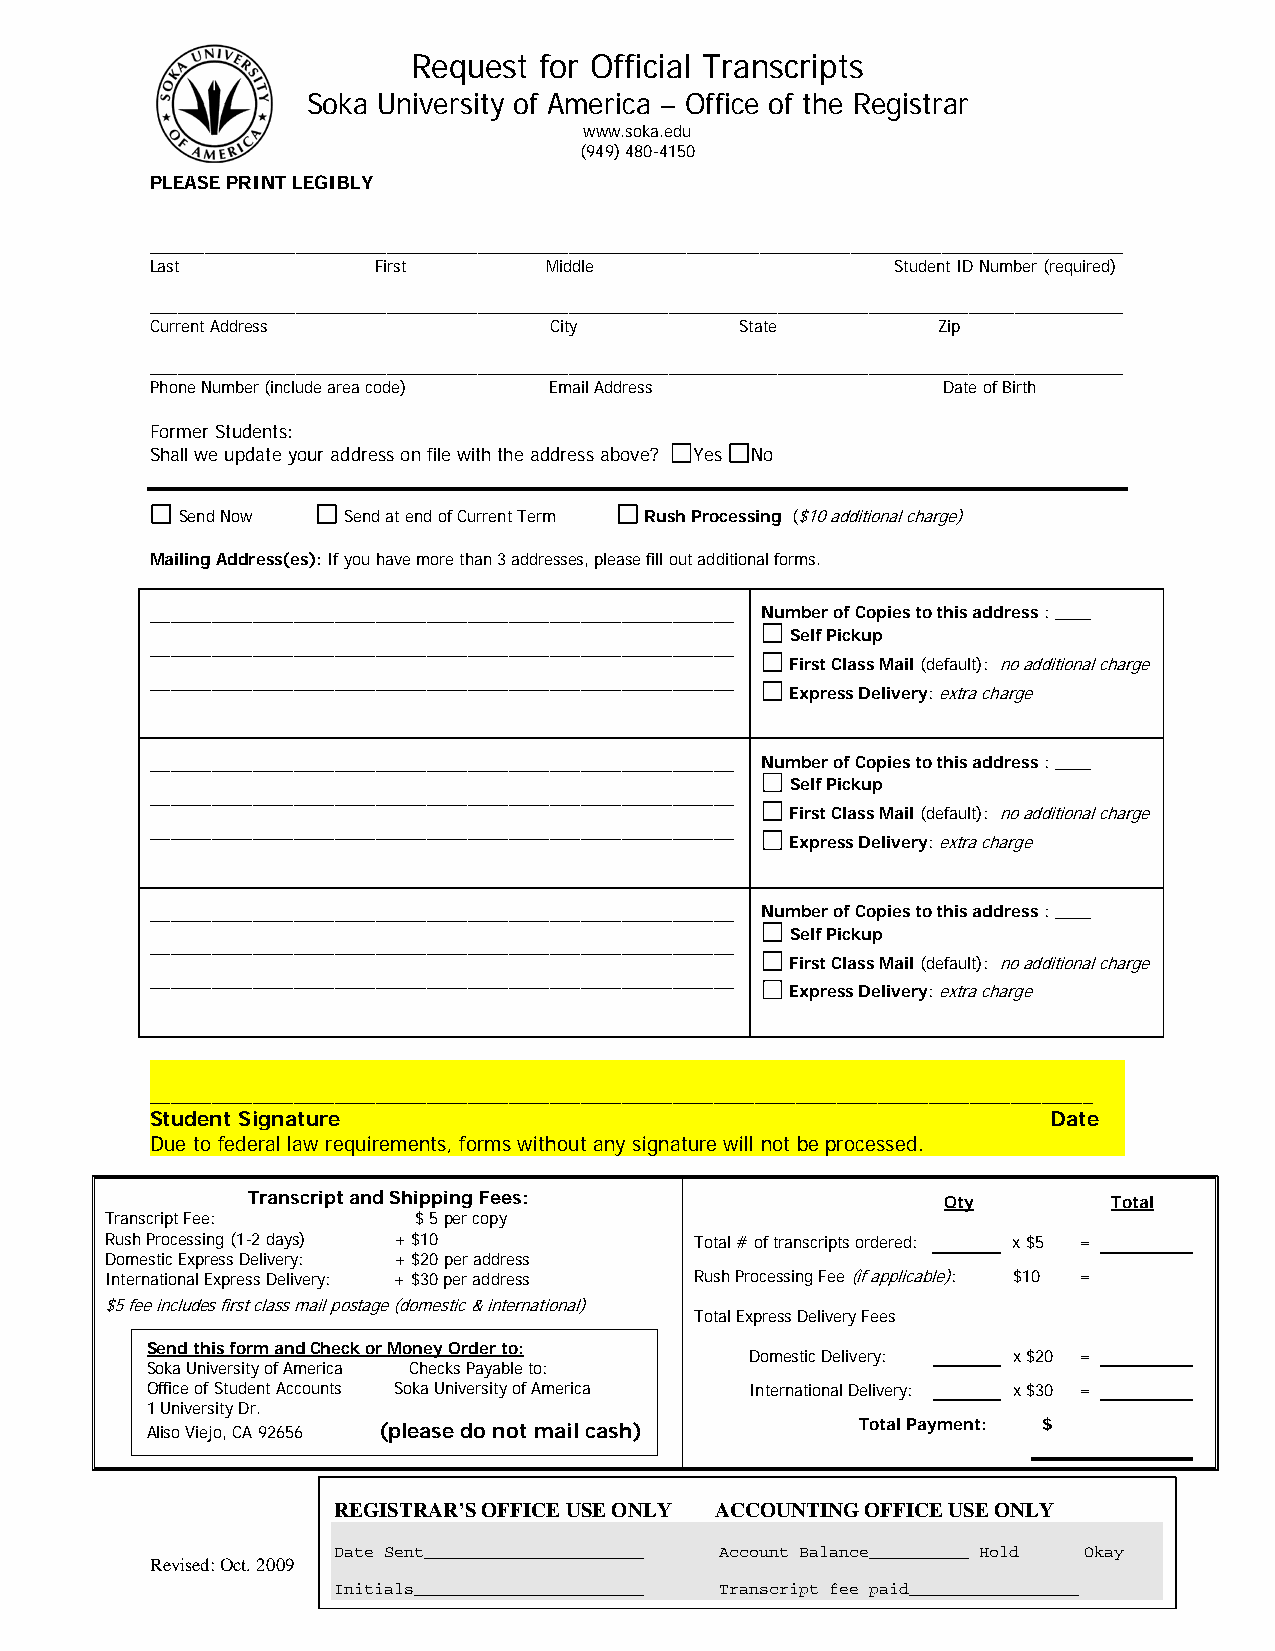
Request  for Official Transcripts
 Soka University of America – Office of the Registrar
 www.soka.edu
 (949) 480-4150
 PLEASE PRINT LEGIBLY
 ___________________________________________________________________________________________________________
 Last           First      Middle                 Student ID Number (required)
 ___________________________________________________________________________________________________________
 Current Address           City         State        Zip
 ___________________________________________________________________________________________________________
 Phone Number (include area code) Email Address      Date of Birth
 Former Students:
 Shall we update your address on file with the address above? Yes No
 Send Now   Send at end of Current Term Rush Processing ($10 additional charge)
 Mailing Address(es): If you have more than 3 addresses, please fill out additional forms.
 _________________________________________________________ Number of Copies to this address : ____
 Self Pickup
 _________________________________________________________
 First Class Mail (default): no additional charge
 _________________________________________________________
 Express Delivery: extra charge
 _________________________________________________________ Number of Copies to this address : ____
 Self Pickup
 _________________________________________________________
 First Class Mail (default): no additional charge
 _________________________________________________________
 Express Delivery: extra charge
 _________________________________________________________ Number of Copies to this address : ____
 Self Pickup
 _________________________________________________________
 First Class Mail (default): no additional charge
 _________________________________________________________
 Express Delivery: extra charge
 ____________________________________________________________________________________________
 Student Signature                                           Date
 Due to federal law requirements, forms without any signature will not be processed.
 Transcript and Shipping Fees:                  Qty        Total
 Transcript Fee:     $ 5 per copy
 Rush Processing (1-2 days) + $10       Total # of transcripts ordered: x $5 =
 Domestic Express Delivery: + $20 per address
 International Express Delivery: + $30 per address Rush Processing Fee (if applicable): $10 =
 $5 fee includes first class mail postage (domestic & international)
 Total Express Delivery Fees
 Send this form and Check or Money Order to:
 Domestic Delivery: x $20 =
 Soka University of America Checks Payable to:
 Office of Student Accounts Soka University of America International Delivery: x $30 =
 1 University Dr.
 Aliso Viejo, CA 92656 (please do not mail cash) Total Payment: $
 REGISTRAR’S OFFICE USE ONLY ACCOUNTING OFFICE USE ONLY
 Date Sent______________________ Account Balance__________ Hold Okay
 Revised: Oct. 2009                                              1
 Initials_______________________ Transcript fee paid_________________